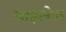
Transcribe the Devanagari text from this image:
खाइलेक